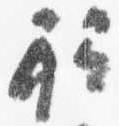
祗